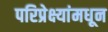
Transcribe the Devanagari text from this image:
परिप्रेक्ष्यांमधून